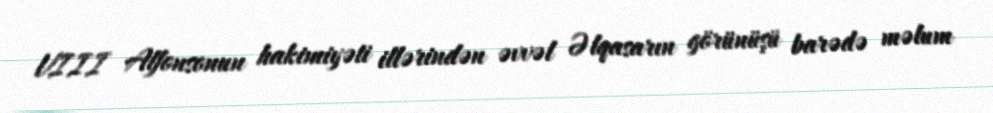
VIII Alfonsonun hakimiyəti illərindən əvvəl Əlqasarın görünüşü barədə məlum